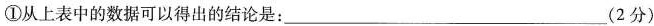
①从上表中的数据可以得出的结论是：___(2分)